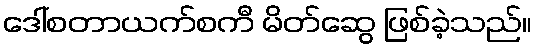
ဒေါ်စတာယက်စကီ မိတ်ဆွေ ဖြစ်ခဲ့သည်။